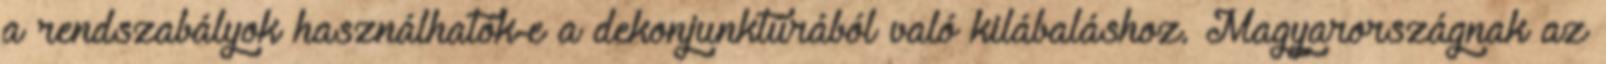
a rendszabályok használhatók-e a dekonjunktúrából való kilábaláshoz. Magyarországnak az